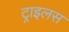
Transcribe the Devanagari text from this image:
ट्राइलस